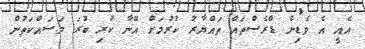
އެއީ އެ ވެޑިން ޑްރެސްތައް ތައްޔާރު ކުރުމަށް އޭނާ ކުރި ބުރަ މަސައްކަތުން